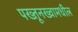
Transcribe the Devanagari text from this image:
पख्तूनख्वामधील